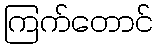
ကြက်တောင်